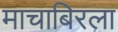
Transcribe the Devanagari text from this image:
माचाबिरला